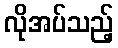
လိုအပ်သည့်